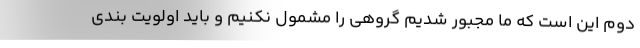
دوم این است که ما مجبور شدیم گروهی را مشمول نکنیم و باید اولویت بندی